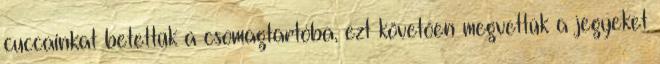
cuccainkat betettük a csomagtartóba, ezt követően megvettük a jegyeket